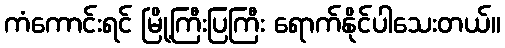
ကံကောင်းရင် မြို့ကြီးပြကြီး ရောက်နိုင်ပါသေးတယ်။